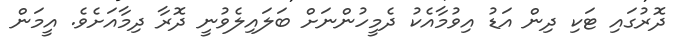
ދޮރުގައި ޓަކި ދިން އަޑު އިވުމާއެކު ދެމީހުންނަށް ބަލައިލެވުނީ ދޮރާ ދިމާއަށެވެ. އީމަން